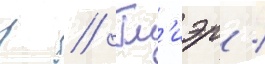
р // Гл'иэр /